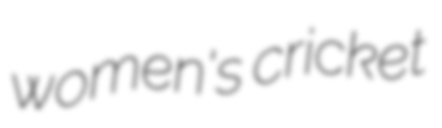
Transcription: women's cricket